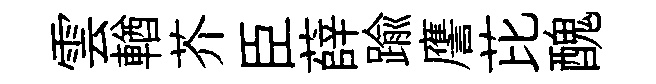
雲輶芥臣薛踰譍芘醜